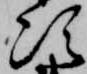
次